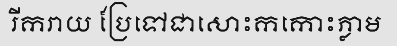
រីករាយ ប្រែទៅជាសោះកកោះភ្លាម